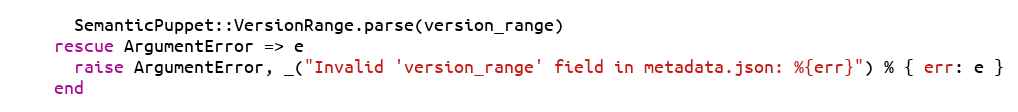
Language: Ruby
      SemanticPuppet::VersionRange.parse(version_range)
    rescue ArgumentError => e
      raise ArgumentError, _("Invalid 'version_range' field in metadata.json: %{err}") % { err: e }
    end